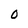
Character: 0